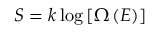
S = k \log \left[ \Omega \left( E \right) \right]